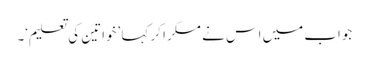
جواب میں اس نے مسکرا کر کہا ’خواتین کی تعلیم‘۔